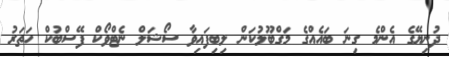
ދުނިޔޭގެ އެންމެ ގިނަ ބައެއްގެ މަގްބޫލުކަން ލިބިފައިވާ ސޯޝަލް ނެޓްވޯކް ފޭސްބުކް ހަތަރު